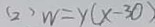
( 2 ) W = y ( x - 3 0 )